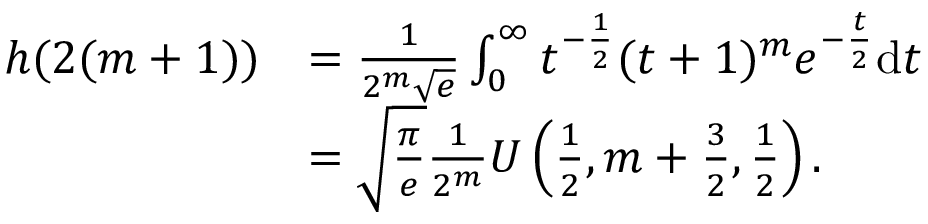
\begin{array} { r l } { h ( 2 ( m + 1 ) ) } & { = \frac { 1 } { 2 ^ { m } \sqrt { e } } \int _ { 0 } ^ { \infty } t ^ { - \frac { 1 } { 2 } } ( t + 1 ) ^ { m } e ^ { - \frac { t } { 2 } } \mathrm { d } t } \\ & { = \sqrt { \frac { \pi } { e } } \frac { 1 } { 2 ^ { m } } U \left( \frac { 1 } { 2 } , m + \frac { 3 } { 2 } , \frac { 1 } { 2 } \right) . } \end{array}